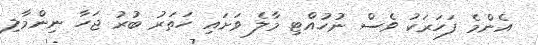
އެންމެ ފަހަރަކު ވެސް ނުހުއްޓި މާލެ ވަށައި ހަތަރު ބުރު ޖަހާ ނިންމާލި